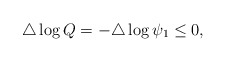
\begin{align*}\triangle \log Q=-\triangle \log \psi_1\leq 0,\end{align*}